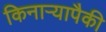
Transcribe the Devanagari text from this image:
किनाऱ्यापैकी